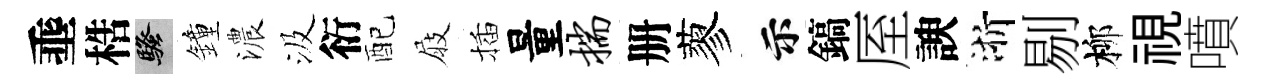
埀梏騷鐘濃汲衍配屐插量揣册蓼示鎬厔諛浙剔柳視噴